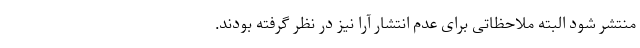
منتشر شود البته ملاحظاتی برای عدم انتشار آرا نیز در نظر گرفته بودند.